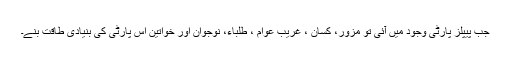
جب پیپلز پارٹی وجود میں آئی تو مزور، کسان ، غریب عوام ، طلباء، نوجوان اور خواتین اس پارٹی کی بنیادی طاقت بنے۔